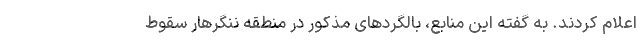
اعلام کردند. به گفته این منابع، بالگردهای مذکور در منطقه ننگرهار سقوط